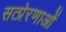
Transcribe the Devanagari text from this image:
सत्प्रेरणाओं